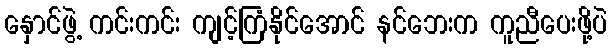
နှောင်ဖွဲ့ ကင်းကင်း ကျင့်ကြံနိုင်အောင် နင်ဘေးက ကူညီပေးဖို့ပဲ